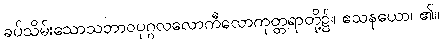
ခပ်သိမ်းသောသဘာဝပုဂ္ဂလလောကီလောကုတ္တရာတို့၌။ ဧသနယော၊ ၏။